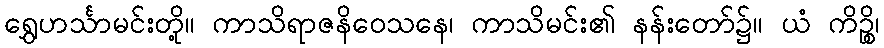
ရွှေဟင်္သာမင်းတို့။ ကာသိရာဇနိဝေသနေ၊ ကာသိမင်း၏ နန်းတော်၌။ ယံ ကိဉ္စိ၊